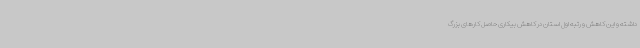
داشته و این کاهش و رتبه اول استان در کاهش بیکاری حاصل کارهای بزرگ